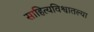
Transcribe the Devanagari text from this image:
साहित्यविश्वातल्या